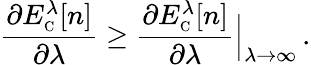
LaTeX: \frac{\partial E_{\scriptscriptstyle\mathrm{C}}^{\lambda}[n]}{\partial\lambda}\geq\frac{\partial E_{\scriptscriptstyle\mathrm{C}}^{\lambda}[n]}{\partial\lambda}\Bigr|_{\lambda\to\infty}\, .